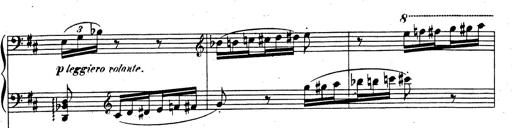
Title: Rhapsodie espagnole
Composer: Franz Liszt